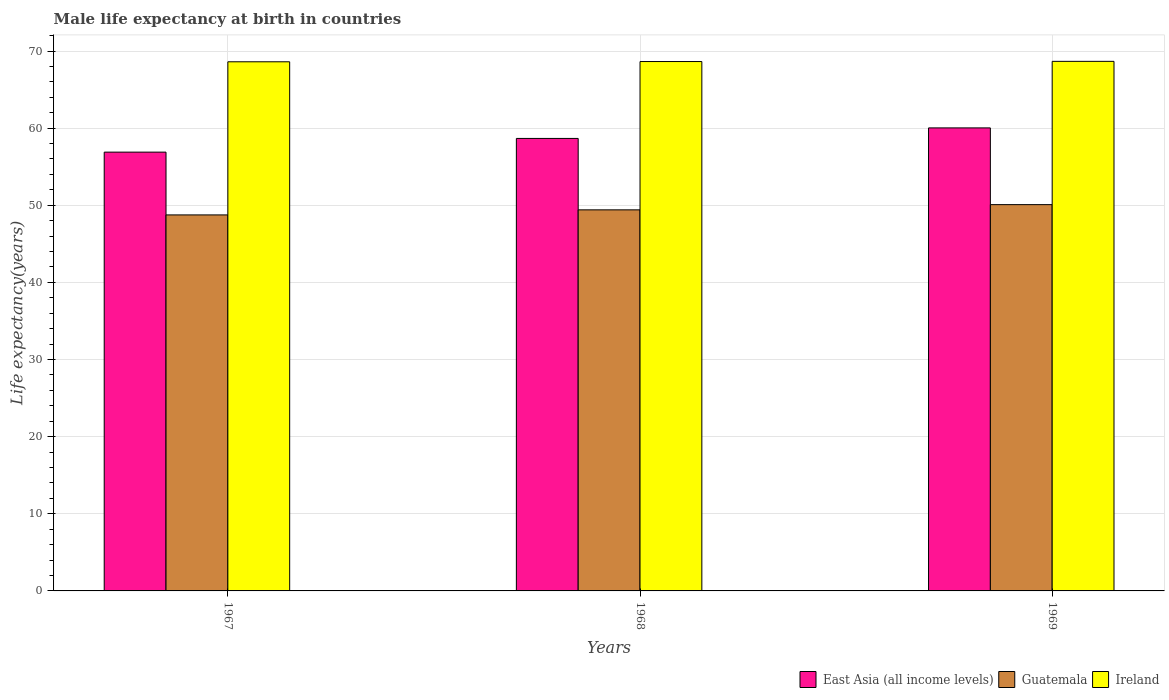
| Years | East Asia (all income levels) | Guatemala | Ireland |
 | --- | --- | --- | --- |
 | 1967 | 56.9 | 48.8 | 68.6 |
 | 1968 | 58.7 | 49.4 | 68.6 |
 | 1969 | 60 | 50.1 | 68.7 |